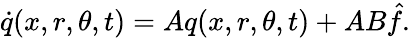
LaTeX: \dot{q}(x,r,\theta,t)=Aq(x,r,\theta,t)+AB\hat{f}.